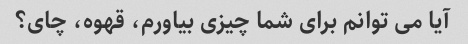
آیا می توانم برای شما چیزی بیاورم، قهوه، چای؟